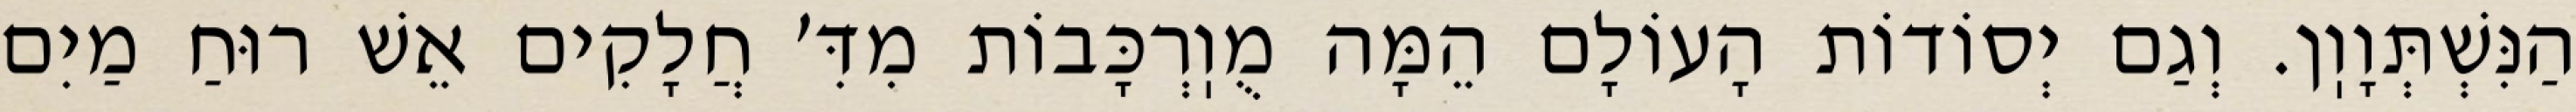
הַנִּשְׁתְּוָוֽן. וְגַם יְסוֹדוֹת הָעוֹלָם הֵמָּה מֻוֽרְכָּבוֹת מִדִּ׳ חֲלָקִים אֵשׁ רוּחַ מַיִם